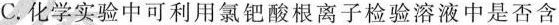
C.化学实验中可利用氯钯酸根离子检验溶液中是否含